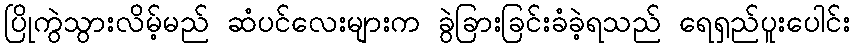
ပြိုကွဲသွားလိမ့်မည် ဆံပင်လေးများက ခွဲခြားခြင်းခံခဲ့ရသည် ရေရှည်ပူးပေါင်း